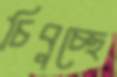
চিবুচ্ছে